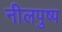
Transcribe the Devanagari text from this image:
नीलपुष्प